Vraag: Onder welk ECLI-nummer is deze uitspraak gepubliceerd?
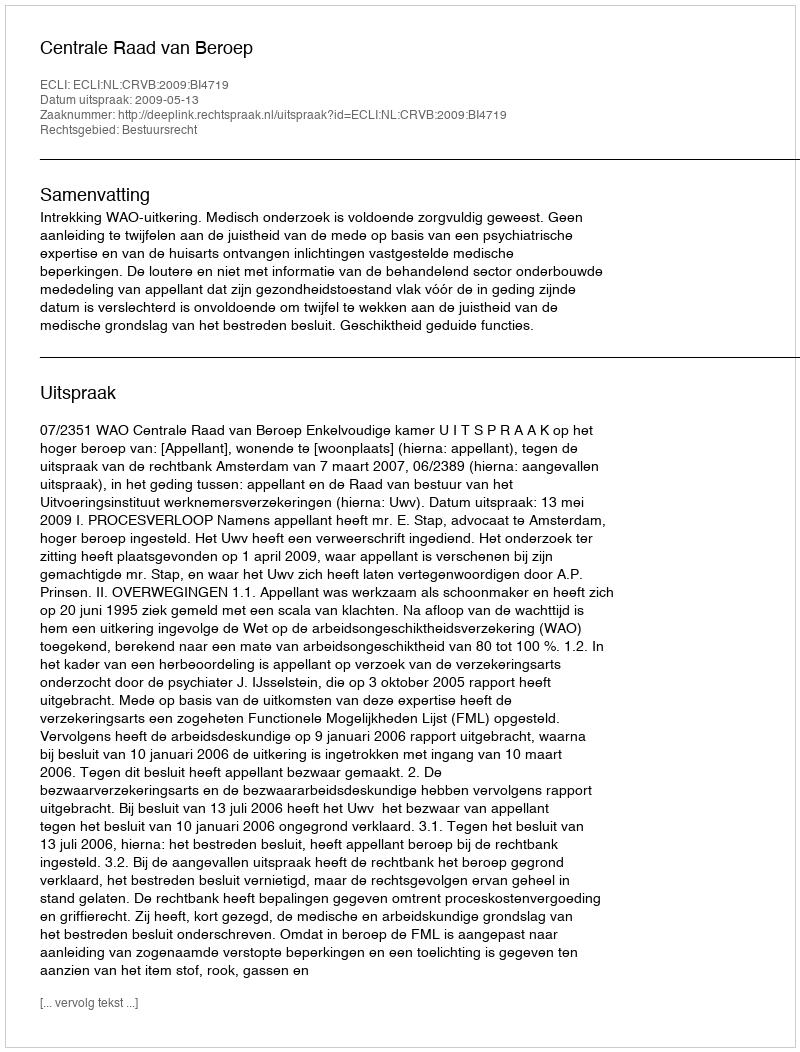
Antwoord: ECLI:NL:CRVB:2009:BI4719